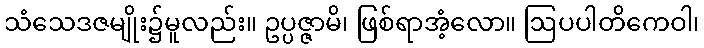
သံသေဒဇမျိုး၌မူလည်း။ ဥပ္ပဇ္ဇာမိ၊ ဖြစ်ရာအံ့လော။ ဩပပါတိကေဝါ၊